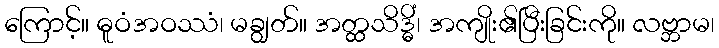
ကြောင့်။ ဓူဝံအဝဿံ၊ မချွတ်။ အတ္ထသိဒ္ဓိံ၊ အကျိုး၏ပြီးခြင်းကို။ လဗ္ဘာမ၊